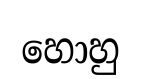
හොහු